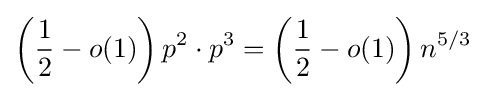
\left({\frac {1}{2}}-o(1)\right)p^{2}\cdot p^{3}=\left({\frac {1}{2}}-o(1)\right)n^{5/3}